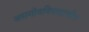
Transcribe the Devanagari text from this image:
असगोत्रविवाहाचीच